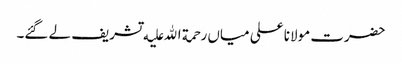
حضرت مولانا علی میاں رحمة الله علیه تشریف لے گئے۔